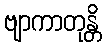
ဗျာကာတုန္တိ